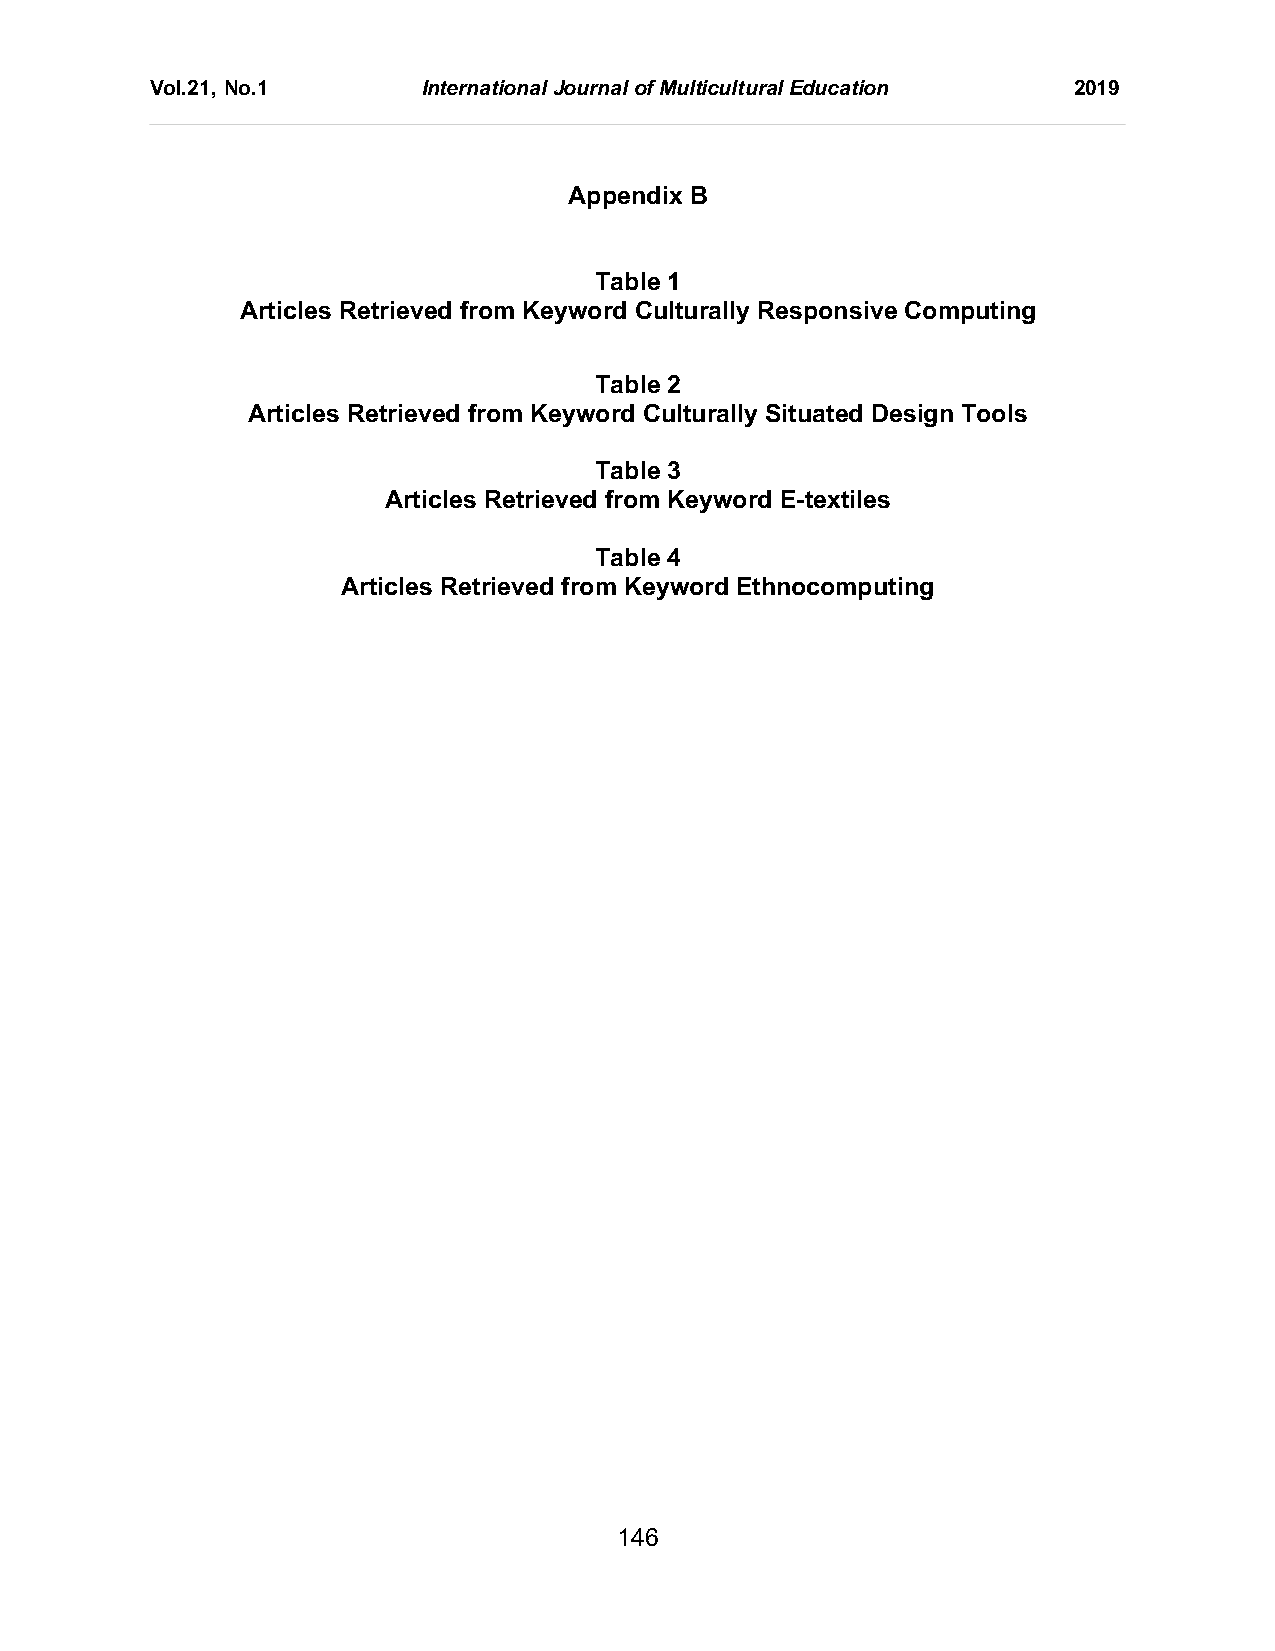
Vol.21, No.1      International Journal of Multicultural Education 2019
 Appendix B
 Table 1
 Articles Retrieved from Keyword Culturally Responsive Computing
 Table 2
 Articles Retrieved from Keyword Culturally Situated Design Tools
 Table 3
 Articles Retrieved from Keyword E-textiles
 Table 4
 Articles Retrieved from Keyword Ethnocomputing
 146